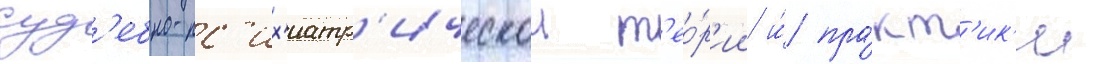
суд'ебно-пс'их'иатр'ическои т'ео́р'ии и́ пра́кт'ик'и